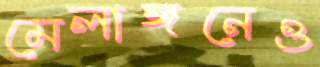
মেলাঙ্গনেও